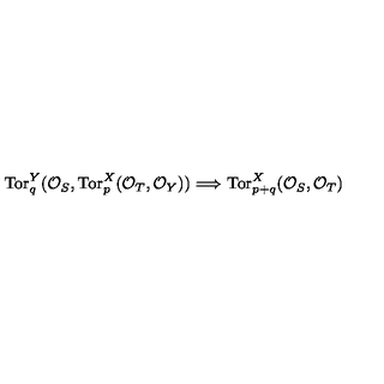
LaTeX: \mathrm { T o r } _ { q } ^ { Y } ( { \cal O } _ { S } , \mathrm { T o r } _ { p } ^ { X } ( { \cal O } _ { T } , { \cal O } _ { Y } ) ) \Longrightarrow \mathrm { T o r } _ { p + q } ^ { X } ( { \cal O } _ { S } , { \cal O } _ { T } )